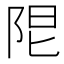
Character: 𨹎